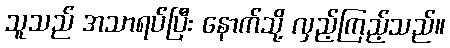
သူသည် အသာရပ်ပြီး နောက်သို့ လှည့်ကြည့်သည်။